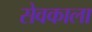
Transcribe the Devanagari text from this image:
सेवकाला